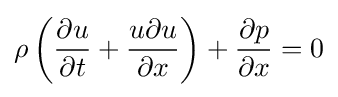
{\rho }\left({{\partial }u \over {\partial }t}+{u{\partial }u \over {\partial }x}\right)+{{\partial }p \over {\partial }x}=0